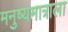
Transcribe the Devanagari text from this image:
मनुष्यमात्राला